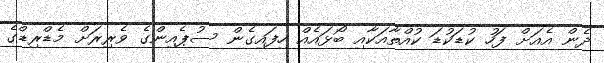
ދެން އެއަށް ފަހު ކުޑަކުޑަ ކުއްތާއަކާއި ބޯޅައެއް ހިފައިގެން ސުޕެއިންގެ ވެރިރަށް މެޑްރިޑްގެ